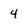
Character: 4